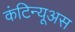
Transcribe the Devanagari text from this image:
कंटिन्यूअस